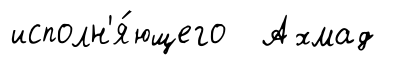
исполн'я́ющего Ахмад